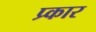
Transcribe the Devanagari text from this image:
प्र्कार